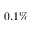
0 . 1 \%